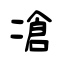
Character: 凔